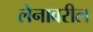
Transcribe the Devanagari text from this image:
लेनावरील